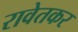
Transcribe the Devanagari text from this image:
रावेतकर